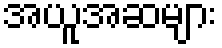
အယူအဆများ